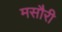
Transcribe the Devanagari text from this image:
मसौरी